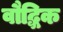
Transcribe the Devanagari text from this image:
वौद्धिक